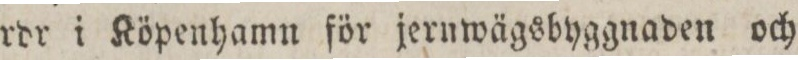
rdr i Köpenhamn för jernwägsbyggnaden och